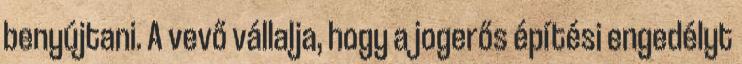
benyújtani. A vevő vállalja, hogy a jogerős építési engedélyt